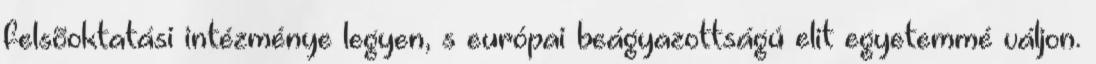
felsõoktatási intézménye legyen, s európai beágyazottságú elit egyetemmé váljon.